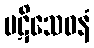
ပဋိသေဓနံ